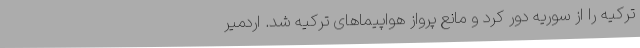
ترکیه را از سوریه دور کرد و مانع پرواز هواپیماهای ترکیه شد. اردمیر